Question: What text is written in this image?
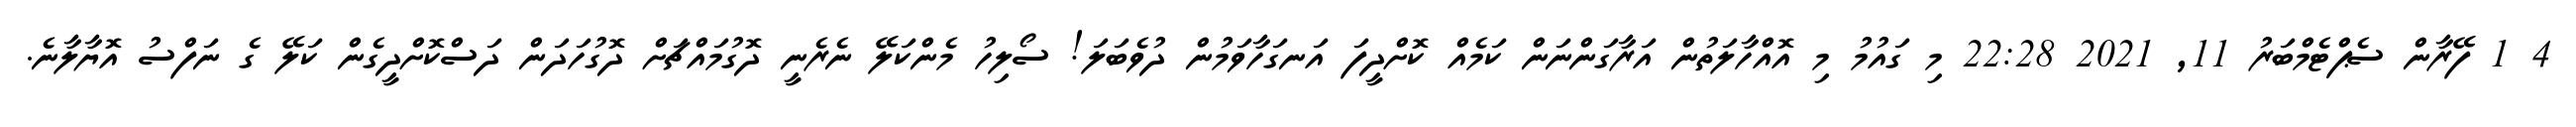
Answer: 4 1 ފޭރާން ސެޕްޓެމްބަރު 11, 2021 22:28 މި ގައުމު މި އޮއްހާލަތުން އަރާގަންނަން ކަމެއް ކޮށްދީފަ އަނގަހާވަމުން ދުވެބަލަ! ސޯލިހު މެންކަލޭ ނެރެނީ ދޮގުމައްޗަށް ދޮގުހަދަން ދަސްކޮށްދީގެން ކަލޭ ގެ ނަފްސު އޮޔާލާނެ.